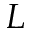
L